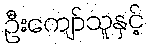
ဦးကျော်သူနှင့်